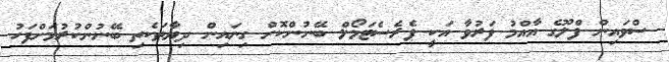
ސްވައިން ފްލޫގެ އާއްމު ފަރުވާ އަކީ ޕެރެސެޓަމޯލް ބޭނުންކޮށް ގިނައިން ދިޔާތަކެތި ބޭނުންކުރުމަށްފަހު